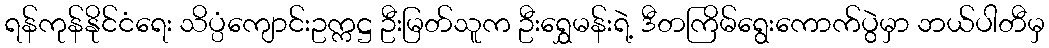
ရန်ကုန်နိုင်ငံရေး သိပ္ပံကျောင်းဥက္ကဋ္ဌ ဦးမြတ်သူက ဦးရွှေမန်းရဲ့ ဒီတကြိမ်ရွေးကောက်ပွဲမှာ ဘယ်ပါတီမှ